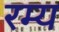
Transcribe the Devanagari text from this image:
रम्‍य